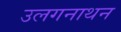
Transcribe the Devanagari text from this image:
उलगनाथन